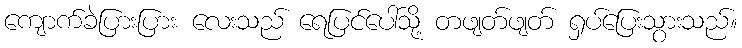
ကျောက်ခဲပြားပြား လေးသည် ရေပြင်ပေါ်သို့ တဖျတ်ဖျတ် ရှပ်ပြေးသွားသည်။